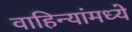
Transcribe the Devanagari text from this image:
वाहिन्यांमध्ये